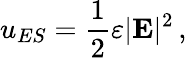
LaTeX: u_{ES}={\frac{1}{2}}\varepsilon|\mathbf{E}|^{2}\, ,